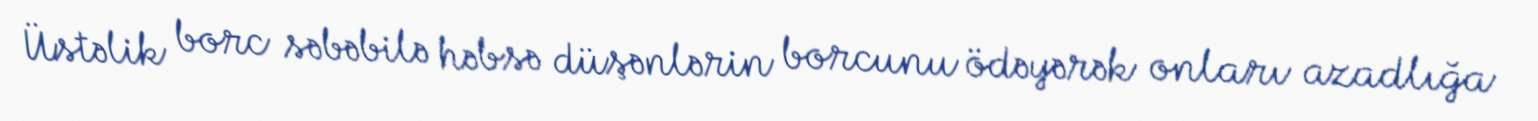
Üstəlik borc səbəbilə həbsə düşənlərin borcunu ödəyərək onları azadlığa